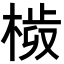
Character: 𣗀